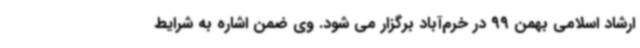
ارشاد اسلامی بهمن 99 در خرم‌آباد برگزار می شود. وی ضمن اشاره به شرایط